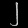
Digit: ၂